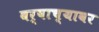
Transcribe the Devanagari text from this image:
वर्षाच्यावर